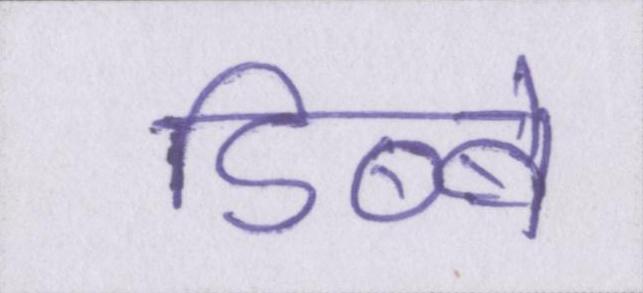
डिब्बे